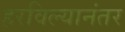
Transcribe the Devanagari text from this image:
हरविल्यानंतर